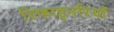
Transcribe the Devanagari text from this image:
रिफाइनरियाँ